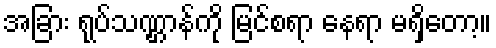
အခြား ရုပ်သဏ္ဌာန်ကို မြင်စရာ နေရာ မရှိတော့။